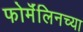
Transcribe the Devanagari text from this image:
फोर्मॅलिनच्या